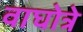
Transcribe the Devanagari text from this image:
वाघोत्रे